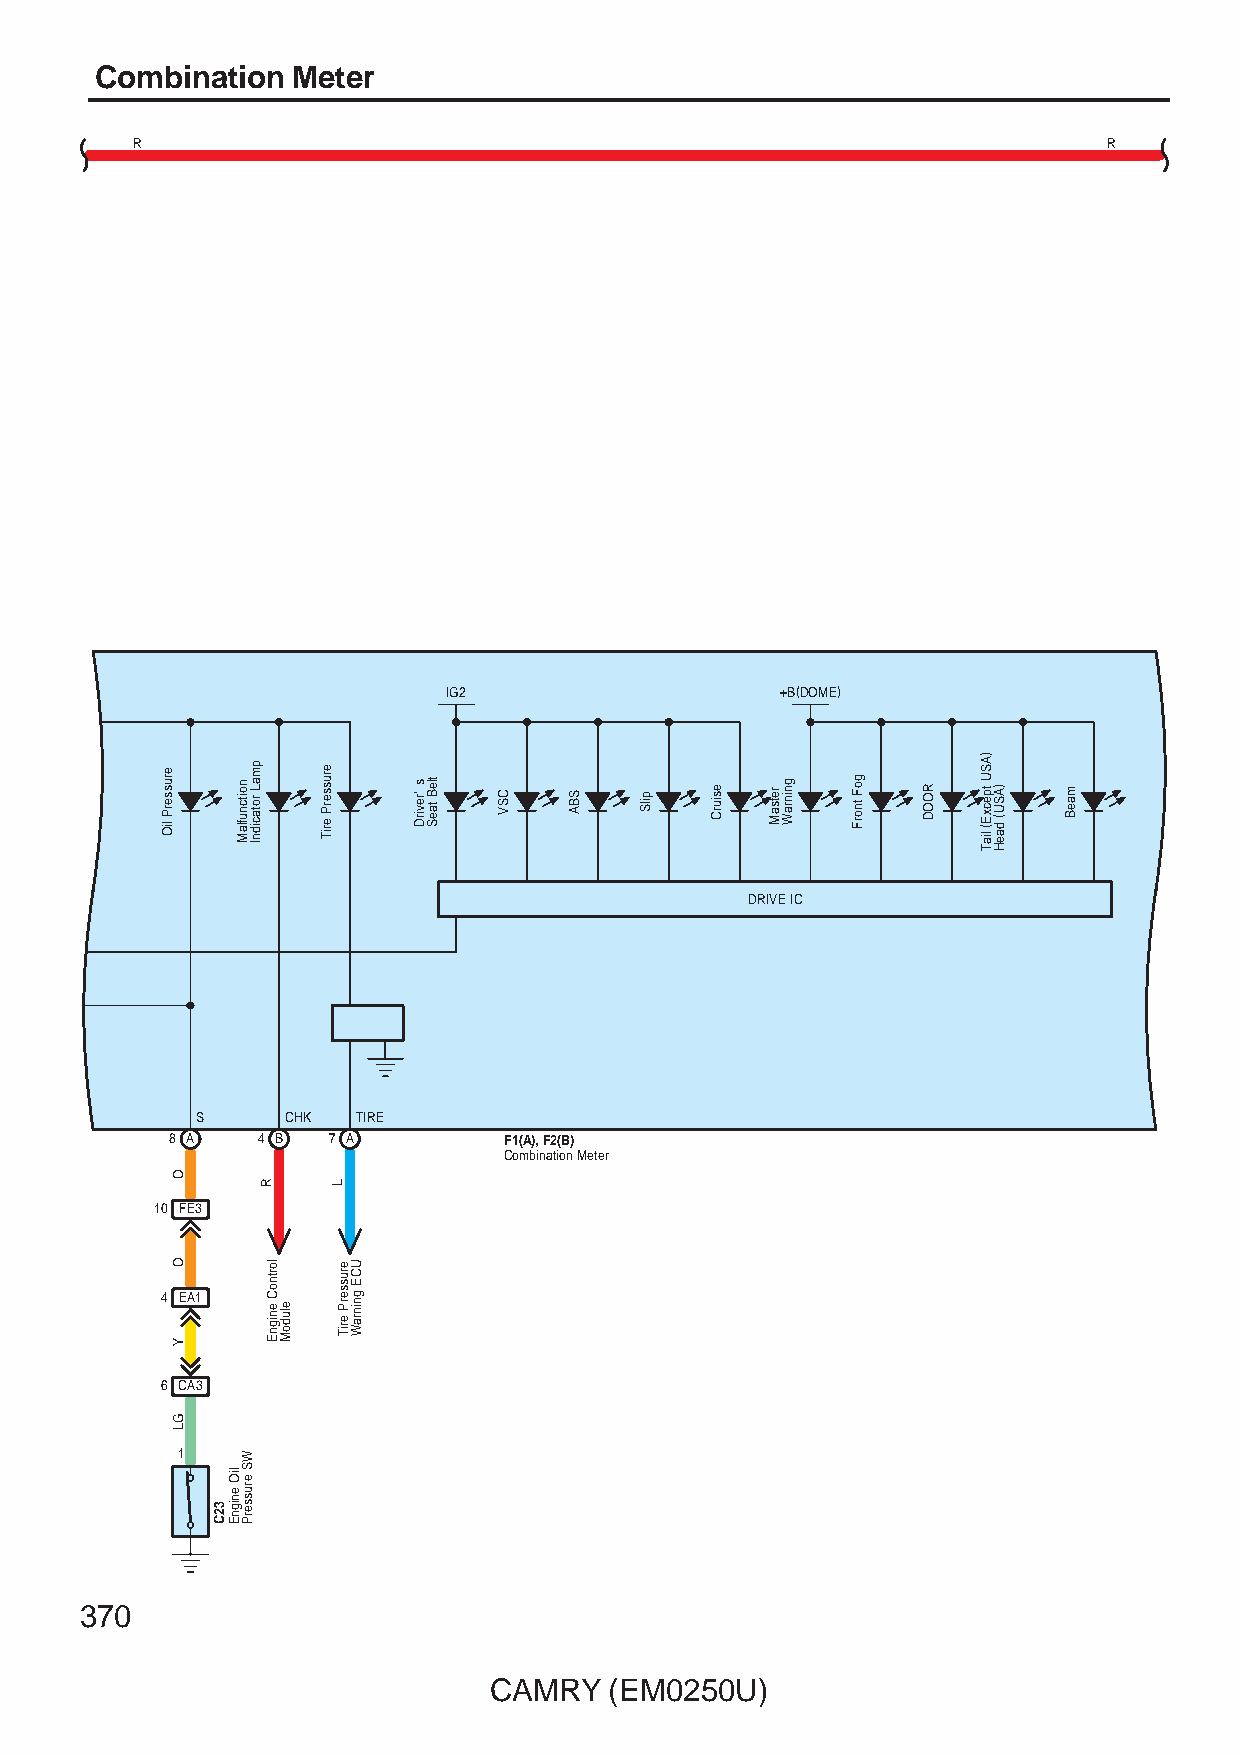
Combination  Meter
 R                                                               R
 IG2                   +B(DOME)
 DRIVE IC
 S     CHK  TIRE
 8 A   4 B  7 A        F1(A), F2(B)
 Combination Meter
 10 FE3
 4 EA1
 6 CA3
 1
 370
 CAMRY   (EM0250U)
 erusserP
 liO
 O
 O
 Y
 GL
 32C
 liO
 enignE
 noitcnuflaM
 WS
 erusserP
 pmaL
 rotacidnI
 R
 lortnoC
 enignE eludoM
 erusserP
 eriT
 L
 erusserP
 eriT
 UCE
 gninraW
 s 'revirD tleB taeS CSV SBA pilS esiurC retsaM gninraW goF tnorF ROOD
 )ASU
 tpecxE(
 liaT
 )ASU(
 daeH
 maeB